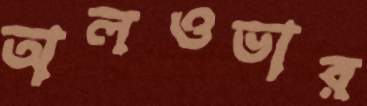
অলওভার